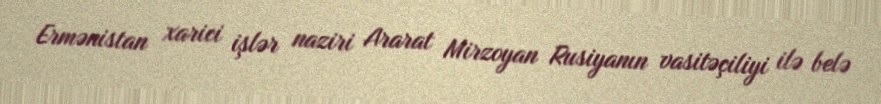
Ermənistan xarici işlər naziri Ararat Mirzoyan Rusiyanın vasitəçiliyi ilə belə